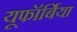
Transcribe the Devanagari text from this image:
यूफॉर्बिया